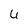
Character: 6